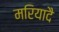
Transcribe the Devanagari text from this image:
मरियादै